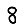
Digit: 8